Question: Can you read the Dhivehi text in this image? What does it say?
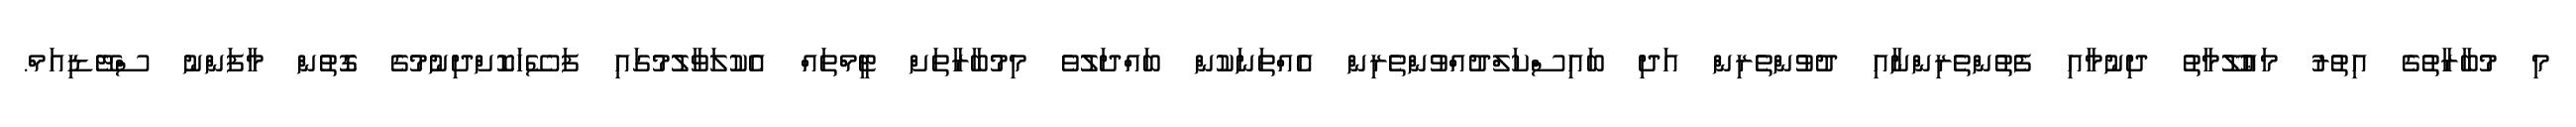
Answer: މި މުބާރާތުގެ އިތުރު މަޢުލޫމާތު ދިނުމާއި ފެތުންތެރިންނާއި ދުވުންތެރިން އަދި ބައިސްކަލްދުއްވުންތެރިން އެއްތަނަކުން ބައްދަލުވެ މިމުބާރާތަށް ޓީމްތައް އެކުލަވާލުމުގައި ފަސޭހަކޮށްދިނުމުގެ ގޮތުން މާފަންނު ސްޓޭޑިއަމް.